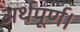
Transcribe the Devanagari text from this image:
अर्थपूर्ण।